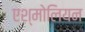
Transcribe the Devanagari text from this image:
एश्मोलियन